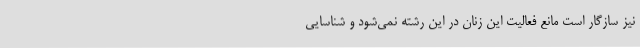
نیز سازگار است مانع فعالیت این زنان در این رشته نمی‌شود و شناسایی